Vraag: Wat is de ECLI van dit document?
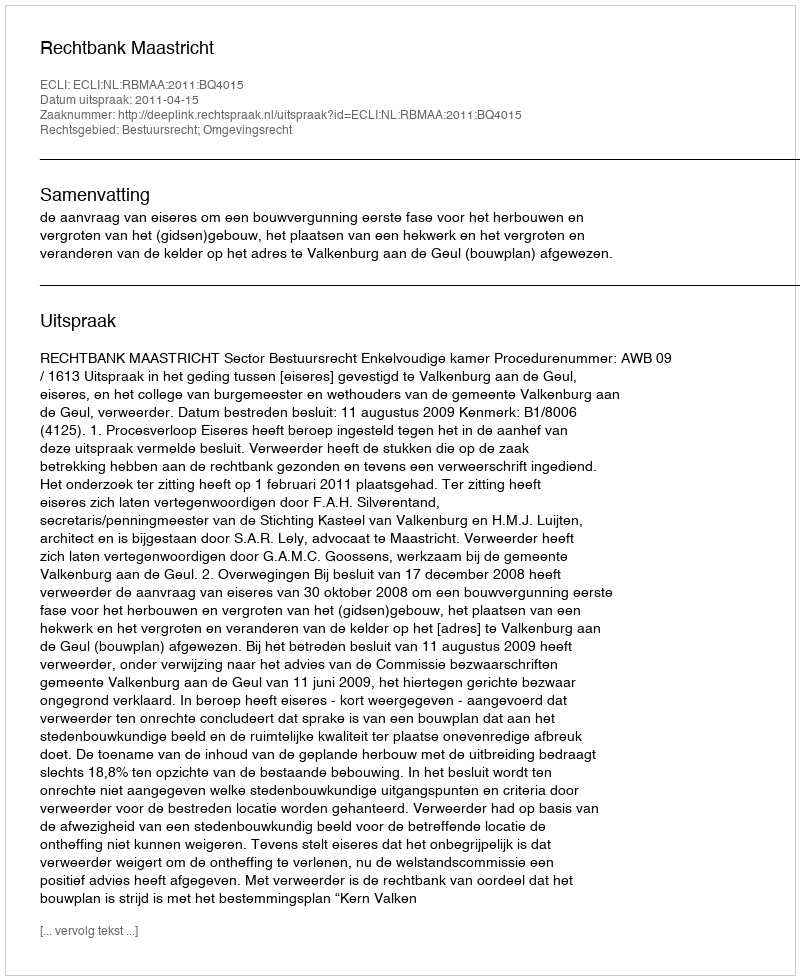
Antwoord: ECLI:NL:RBMAA:2011:BQ4015